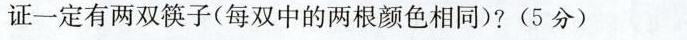
证一定有两双筷子(每双中的两根颜色相同)?(5分)